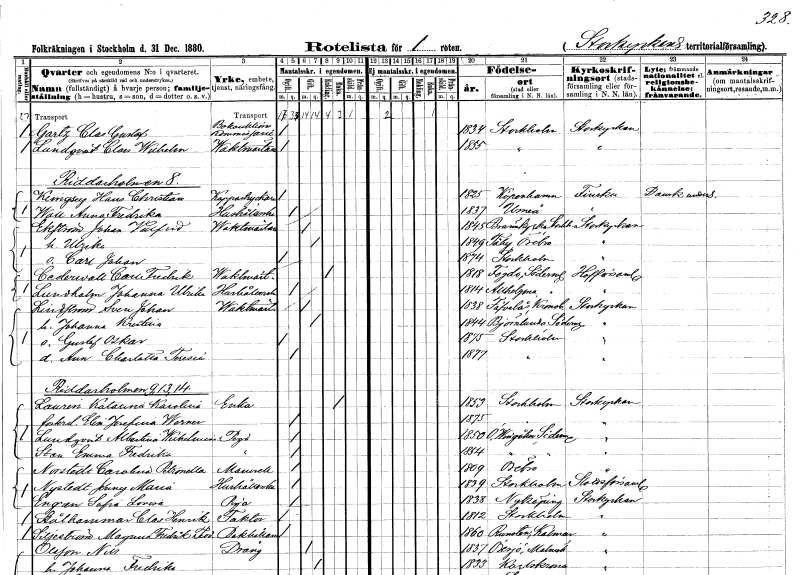
gt_parse: households: individuals: FN: Clas Gustaf
EN: Gartz
YRKE: Bokauktionsmäklare
KON: M
CIV: O
FODAR: 1834
FODFORS: Stockholm
FN: Claes Wilhelm
EN: Lundqvist
YRKE: Vaktmästare
KON: M
CIV: O
FODAR: 1855
FODFORS: Stockholm
FN: Hans Christian
EN: Kemgsiy
YRKE: Koppartryckare
KON: M
CIV: O
FODAR: 1825
FN: Anna Fredrika
EN: Wall
YRKE: Hushållerska
KON: K
CIV: O
FODAR: 1837
FODFORS: Umeå Västerbottens län
FN: Johan Valfrid
EN: Ekström
YRKE: Vaktmästare
KON: M
CIV: G
FODAR: 1845
FODFORS: Brännkyrka Stockholms län
FN: Ulrika
KON: K
CIV: G
FODAR: 1849
FODFORS: Täby Örebro län
FN: Carl Johan
KON: M
CIV: O
FODAR: 1874
FODFORS: Stockholm
FN: Carl Fredrik
EN: Cederwall
YRKE: Vaktmästare
KON: M
CIV: E
FODAR: 1818
FODFORS: Fogdö Södermanlands län
FN: Johanna Ulrika
EN: Lundholm
YRKE: Hushållerska
KON: K
CIV: O
FODAR: 1814
FODFORS: Helgona Södermanlands län
FN: Sven Johan
EN: Lindström
YRKE: Vaktmästare
KON: M
CIV: G
FODAR: 1838
FODFORS: Tävelsås Kronobergs län
FN: Johanna Kristina
KON: K
CIV: G
FODAR: 1844
FODFORS: Björnlunda Södermanlands län
FN: Gustaf Oskar
KON: M
CIV: O
FODAR: 1875
FODFORS: Stockholm
FN: Ann Charlotta Teresia
KON: K
CIV: O
FODAR: 1877
FODFORS: Stockholm
FN: Katarina Karolina
EN: Laurin
YRKE: Änka
KON: K
CIV: E
FODAR: 1853
FODFORS: Stockholm
FN: Elin Josefina
EN: Werner
KON: K
CIV: O
FODAR: 1875
FODFORS: Stockholm
FN: Albertina Wilhelmina
EN: Lundqvist
YRKE: Piga
KON: K
CIV: O
FODAR: 1850
FODFORS: Östra Vingåker Södermanlands län
FN: Emma Fredrika
EN: Sten
YRKE: Piga
KON: K
CIV: O
FODAR: 1854
FODFORS: Östra Vingåker Södermanlands län
FN: Carolina Petronella
EN: Norstedt
KON: K
CIV: O
FODAR: 1809
FODFORS: Örebro Örebro län
FN: Jenny Maria
EN: Nystedt
YRKE: Hushållerska
KON: K
CIV: O
FODAR: 1839
FODFORS: Stockholm
FN: Sofia Lovisa
EN: Engran
YRKE: Piga
KON: K
CIV: O
FODAR: 1838
FODFORS: Nyköping Södermanlands län
FN: Clas Henrik
EN: Stålhammar
YRKE: Faktor
KON: M
CIV: O
FODAR: 1812
FODFORS: Stockholm